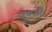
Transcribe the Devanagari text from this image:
बुशहै